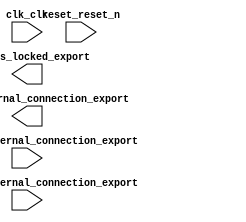

module UART_IO (
	clk_clk,
	pio_button_external_connection_export,
	pio_led_external_connection_export,
	pio_switch_external_connection_export,
	pll_sys_locked_export,
	reset_reset_n);	

	input		clk_clk;
	input	[1:0]	pio_button_external_connection_export;
	output	[7:0]	pio_led_external_connection_export;
	input	[2:0]	pio_switch_external_connection_export;
	output		pll_sys_locked_export;
	input		reset_reset_n;
endmodule